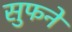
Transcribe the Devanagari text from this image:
सुफने